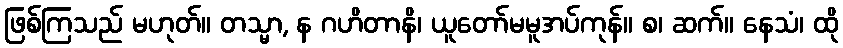
ဖြစ်ကြသည် မဟုတ်။ တသ္မာ, န ဂဟိတာနိ၊ ယူတော်မမူအပ်ကုန်။ စ၊ ဆက်။ နေသံ၊ ထို